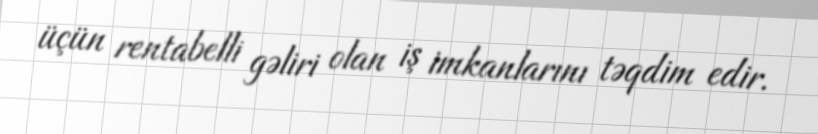
üçün rentabelli gəliri olan iş imkanlarını təqdim edir.